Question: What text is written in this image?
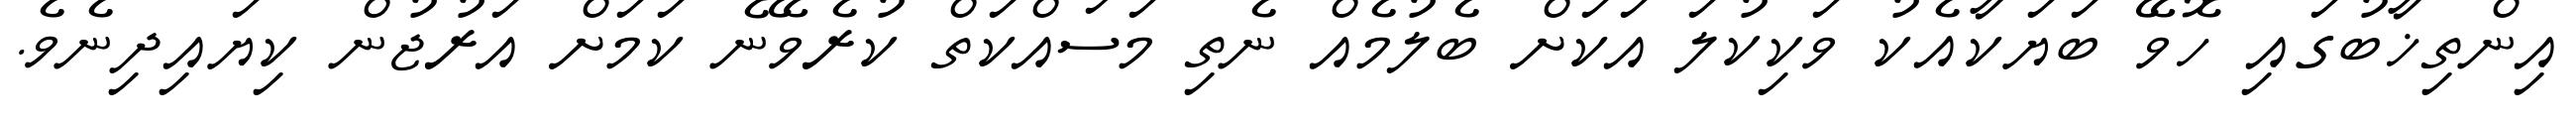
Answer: އިންތިޚާބުގައި ހޮވޭ ބަޔަކާއެކު ވަކިކުލަ އަކަށް ބެލުމެއް ނެތި މަސައްކަތް ކުރެވޭނެ ކަމަށް އަރުޖުން ކިޔައިދިނެވެ.